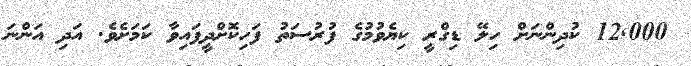
12